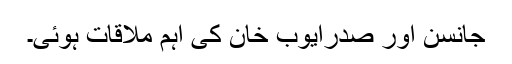
جانسن اور صدرایوب خان کی اہم ملاقات ہوئی۔